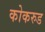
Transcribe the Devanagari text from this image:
कोकरुड